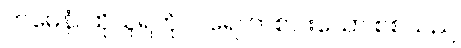
တမေနံ၊ ထိုသူရဲကို။ ပရေ၊ တစ်ပါးသော စစ်သည်